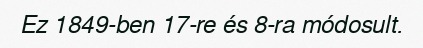
Ez 1849-ben 17-re és 8-ra módosult.